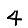
Digit: 4